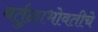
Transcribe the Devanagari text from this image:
वर्तुळाभोवतीचे